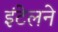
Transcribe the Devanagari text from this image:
इंटेलने